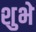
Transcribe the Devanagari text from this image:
शुभे